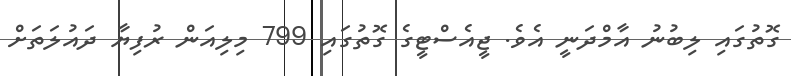
ގޮތުގައި ލިބުނު އާމްދަނީ އެވެ. ޖީއެސްޓީގެ ގޮތުގައި 799 މިލިއަން ރުފިޔާ ދައުލަތަށް